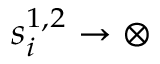
s _ { i } ^ { 1 , 2 } \to \otimes